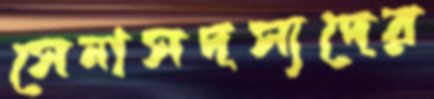
সেনাসদস্যদের